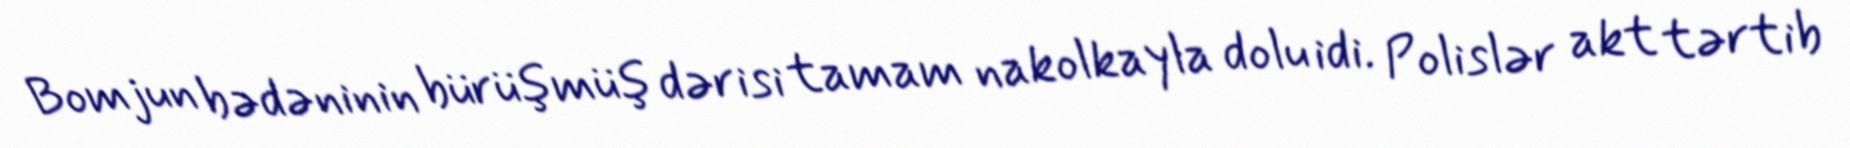
Bomjun bədəninin bürüşmüş dərisi tamam nakolkayla dolu idi. Polislər akt tərtib